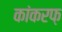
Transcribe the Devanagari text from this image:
कांकरफ़